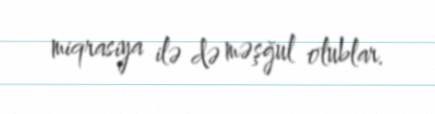
miqrasiya ilə də məşğul olublar.